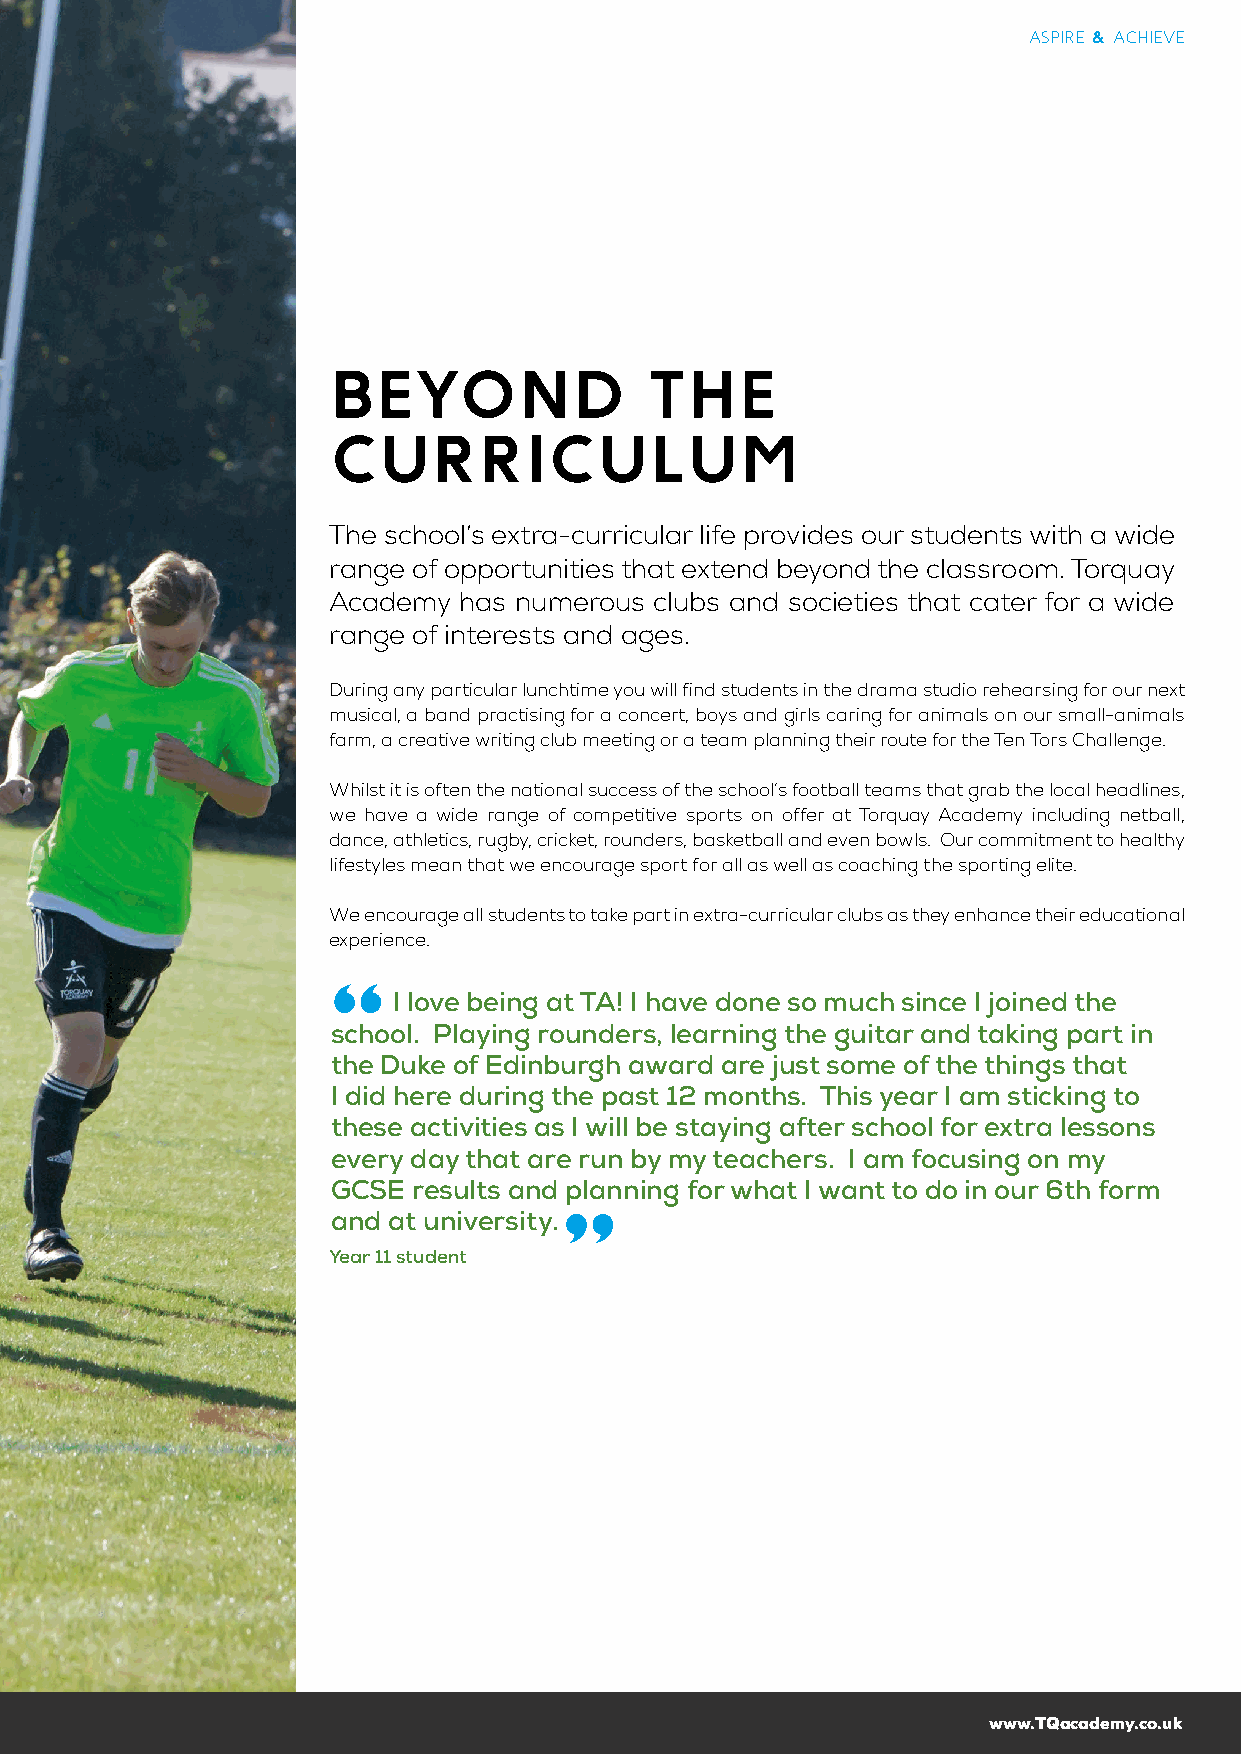
ASPIRE & ACHIEVE
 BEYOND               THE
 CURRICULUM
 The school’s extra-curricular life provides our students with a wide
 range of opportunities that extend beyond the classroom. Torquay
 Academy has numerous clubs and societies that cater for a wide
 range of interests and ages.
 During any particular lunchtime you will find students in the drama studio rehearsing for our next
 musical, a band practising for a concert, boys and girls caring for animals on our small-animals
 farm, a creative writing club meeting or a team planning their route for the Ten Tors Challenge.
 Whilst it is often the national success of the school’s football teams that grab the local headlines,
 we have a wide range of competitive sports on offer at Torquay Academy including netball,
 dance, athletics, rugby, cricket, rounders, basketball and even bowls. Our commitment to healthy
 lifestyles mean that we encourage sport for all as well as coaching the sporting elite.
 We encourage all students to take part in extra-curricular clubs as they enhance their educational
 experience.
 I love being at TA! I have done so much since I joined the
 school. Playing rounders, learning the guitar and taking part in
 the Duke of Edinburgh award are just some of the things that
 I did here during the past 12 months. This year I am sticking to
 these activities as I will be staying after school for extra lessons
 every day that are run by my teachers. I am focusing on my
 GCSE results and planning for what I want to do in our 6th form
 and at university.
 Year 11 student
 www.TQacademy.co.uk